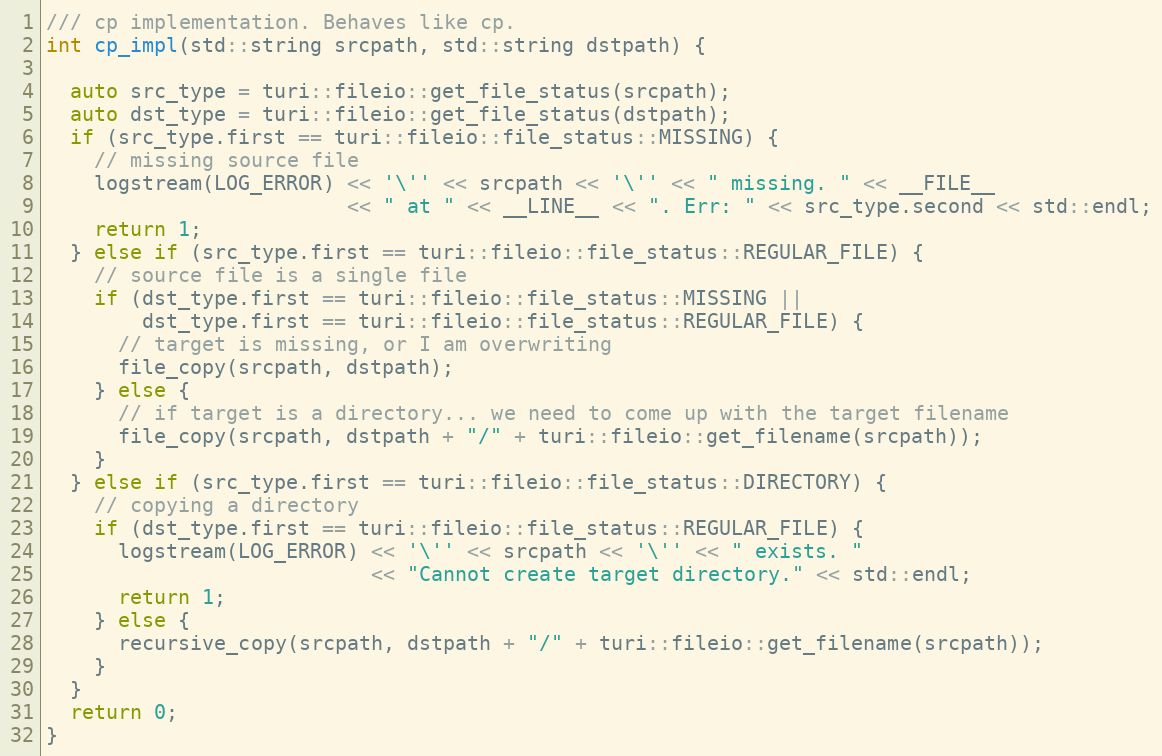
Language: C++
/// cp implementation. Behaves like cp.
int cp_impl(std::string srcpath, std::string dstpath) {

  auto src_type = turi::fileio::get_file_status(srcpath);
  auto dst_type = turi::fileio::get_file_status(dstpath);
  if (src_type.first == turi::fileio::file_status::MISSING) {
    // missing source file
    logstream(LOG_ERROR) << '\'' << srcpath << '\'' << " missing. " << __FILE__
                         << " at " << __LINE__ << ". Err: " << src_type.second << std::endl;
    return 1;
  } else if (src_type.first == turi::fileio::file_status::REGULAR_FILE) {
    // source file is a single file
    if (dst_type.first == turi::fileio::file_status::MISSING ||
        dst_type.first == turi::fileio::file_status::REGULAR_FILE) {
      // target is missing, or I am overwriting
      file_copy(srcpath, dstpath);
    } else {
      // if target is a directory... we need to come up with the target filename
      file_copy(srcpath, dstpath + "/" + turi::fileio::get_filename(srcpath));
    }
  } else if (src_type.first == turi::fileio::file_status::DIRECTORY) {
    // copying a directory
    if (dst_type.first == turi::fileio::file_status::REGULAR_FILE) {
      logstream(LOG_ERROR) << '\'' << srcpath << '\'' << " exists. "
                           << "Cannot create target directory." << std::endl;
      return 1;
    } else {
      recursive_copy(srcpath, dstpath + "/" + turi::fileio::get_filename(srcpath));
    }
  }
  return 0;
}